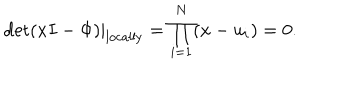
\det ( x I - \Phi ) | _ { \mathrm { l o c a l l y } } = \prod _ { i = 1 } ^ { N } ( x - u _ { i } ) = 0 .